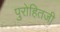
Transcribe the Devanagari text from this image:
पुरोहितजी